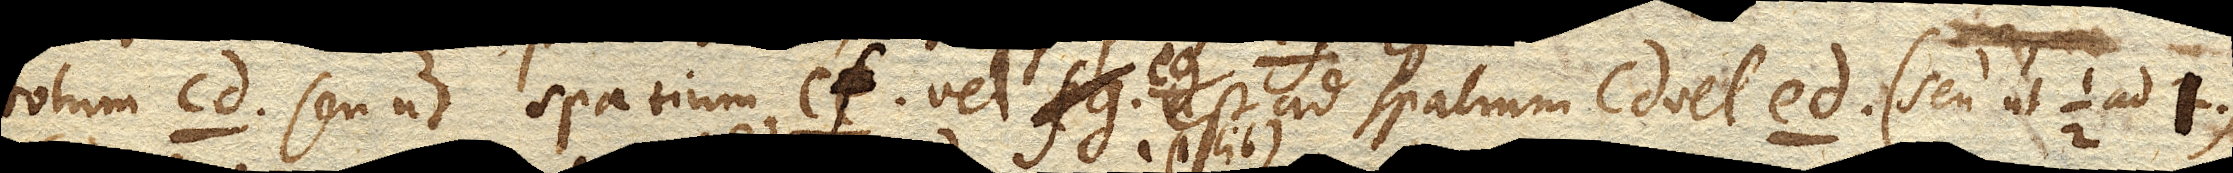
totam cd. seu ut spatium cf. vel eg. est ad spatium cd. vel ed. (seu ut ad 1)